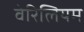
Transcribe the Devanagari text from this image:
वेरिलियम